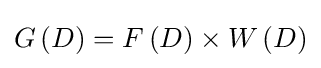
G\left(D\right)=F\left(D\right)\times W\left(D\right)